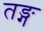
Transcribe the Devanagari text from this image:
तङ्ग